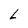
Character: L